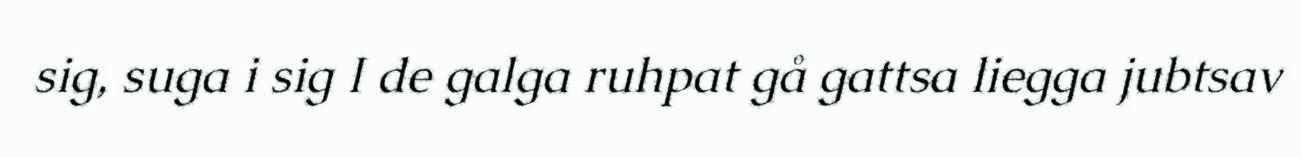
sig, suga i sig I de galga ruhpat gå gattsa liegga jubtsav